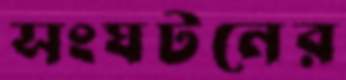
সংঘটনের